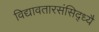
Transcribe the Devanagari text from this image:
विद्यावतारसंसिद्ध्यै